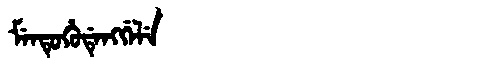
Manchu: ᠮᡝᠨᡨᡠᡥᡠᡩᡝᠩᡤᡝᠯᡝ
Romanization: MENTUHUDENGGELE